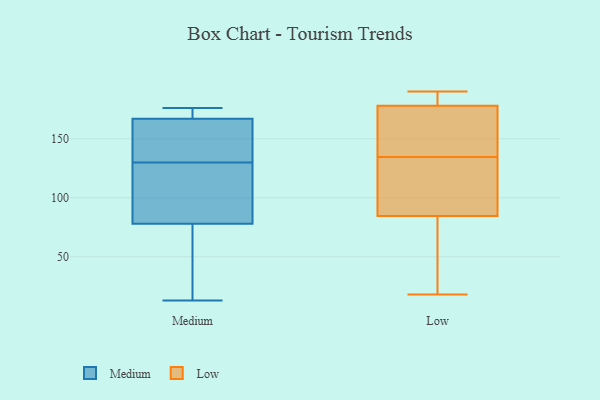
{"axis": {"x": "Gross Profit (USD K)", "y": "Value"}, "legend": ["Low", "Medium"], "data": [{"x": "", "y": 138, "type": "Medium"}, {"x": "", "y": 162, "type": "Medium"}, {"x": "", "y": 34, "type": "Medium"}, {"x": "", "y": 13, "type": "Medium"}, {"x": "", "y": 174, "type": "Medium"}, {"x": "", "y": 172, "type": "Medium"}, {"x": "", "y": 122, "type": "Medium"}, {"x": "", "y": 176, "type": "Medium"}, {"x": "", "y": 115, "type": "Medium"}, {"x": "", "y": 41, "type": "Medium"}, {"x": "", "y": 149, "type": "Medium"}, {"x": "", "y": 122, "type": "Medium"}, {"x": "", "y": 18, "type": "Low"}, {"x": "", "y": 72, "type": "Low"}, {"x": "", "y": 124, "type": "Low"}, {"x": "", "y": 97, "type": "Low"}, {"x": "", "y": 181, "type": "Low"}, {"x": "", "y": 175, "type": "Low"}, {"x": "", "y": 143, "type": "Low"}, {"x": "", "y": 128, "type": "Low"}, {"x": "", "y": 187, "type": "Low"}, {"x": "", "y": 190, "type": "Low"}, {"x": "", "y": 48, "type": "Low"}, {"x": "", "y": 141, "type": "Low"}]}